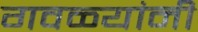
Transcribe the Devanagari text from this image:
गवळ्यांनी